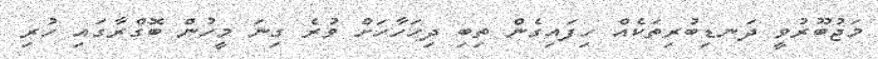
މަޖުބޫރުވީ ދަނޑިބުރިތަކެއް ހިފައިގެން ތިބި ދިހަހާހަށް ވުރެ ގިނަ މީހުން ބޮގްރާގައި ހުރި